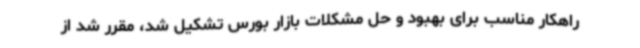
راهکار مناسب برای بهبود و حل مشکلات بازار بورس تشکیل شد، مقرر شد از